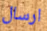
ارسال